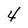
Character: 4